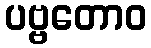
ပဗ္ဗတောဝ